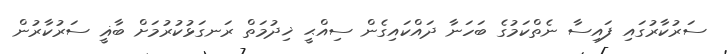
ސަރުކާރުގައި ފައިސާ ނެތްކަމުގެ ބަހަނާ ދައްކައިގެން ސިއްޙީ ޚިދުމަތް ރަނގަޅުކުރުމަށް ބާޣީ ސަރުކާރުން